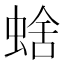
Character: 𧌖